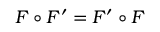
F \circ F ^ { \prime } = F ^ { \prime } \circ F